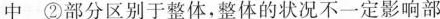
中 ②部分区别于整体，整体的状况不一定影响部